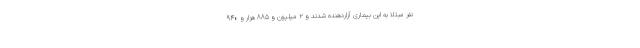
نفر مبتلا به این بیماری آزاردهنده شدند و ۲ میلیون و ۸۸۵ هزار و ۹۴۰